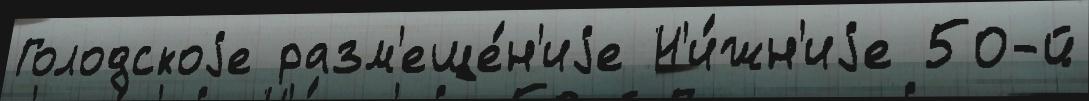
Голодскоjе разм'еще́н'иjе Н'и́жн'иjе 50-й